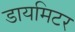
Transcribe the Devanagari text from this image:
डायमिटर